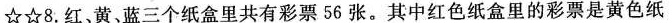
☆☆8.红，黄，蓝三个纸盒里共有彩票56张。其中红色纸盒里的彩票是黄色纸